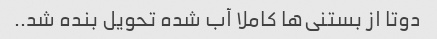
دوتا از بستنی‌ها کاملا آب شده تحویل بنده شد..